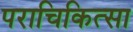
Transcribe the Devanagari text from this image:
पराचिकित्सा